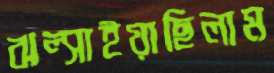
ঝল্‌সাইয়াছিলাম